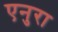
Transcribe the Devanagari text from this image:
एनुरा